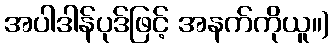
အပါဒါန်ပုဒ်ဖြင့် အနက်ကိုယူ။)